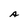
Character: A